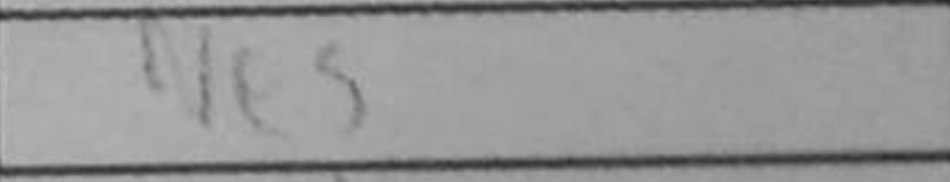
Transcription: Ne5